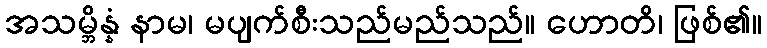
အသမ္ဘိန္နံ နာမ၊ မပျက်စီးသည်မည်သည်။ ဟောတိ၊ ဖြစ်၏။